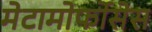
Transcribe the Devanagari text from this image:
मेटामोर्फोसेस